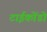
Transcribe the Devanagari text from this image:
टाईकोंडो